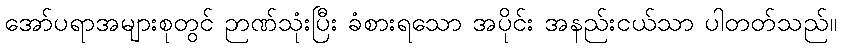
အော်ပရာအများစုတွင် ဉာဏ်သုံးပြီး ခံစားရသော အပိုင်း အနည်းငယ်သာ ပါတတ်သည်။